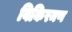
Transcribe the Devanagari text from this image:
विकिरमण